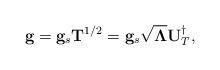
LaTeX: \begin{align*}\mathbf{g} = \mathbf{g}_s \mathbf{T}^{1/2} = \mathbf{g}_s \sqrt{\mathbf{\Lambda}}\mathbf{U}_T^{\dag},\end{align*}